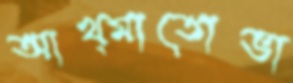
আখ্মাতোভা